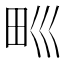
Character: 𤰝